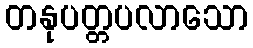
တနုပတ္တပလာသော